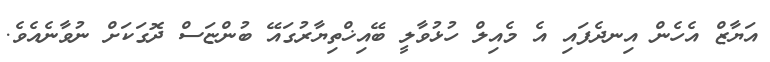
އަޔާޒް އެހެން އިނދެފައި އެ މެއިލް ހުޅުވާލީ ބޭއިޚްތިޔާރުގައޭ ބުންޏަސް ދޮގަކަށް ނުވާނެއެވެ.